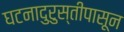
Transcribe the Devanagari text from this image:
घटनादुरुस्तीपासून